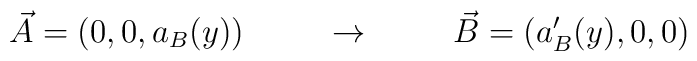
\vec{A}= (0,0,a_B(y)) \hspace{1cm} \rightarrow \hspace{1cm}  \vec{B}=(a^\prime_B(y),0,0)